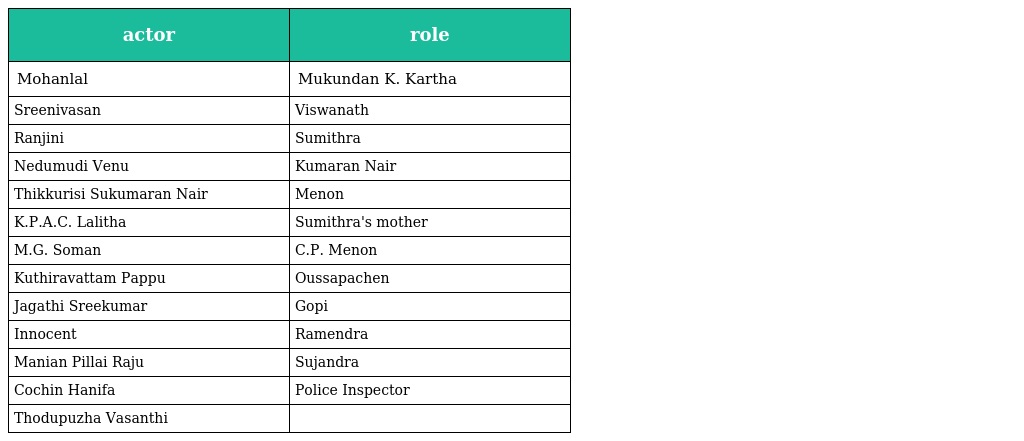
| actor | role |
 | --- | --- |
 | Mohanlal | Mukundan K. Kartha |
 | Sreenivasan | Viswanath |
 | Ranjini | Sumithra |
 | Nedumudi Venu | Kumaran Nair |
 | Thikkurisi Sukumaran Nair | Menon |
 | K.P.A.C. Lalitha | Sumithra's mother |
 | M.G. Soman | C.P. Menon |
 | Kuthiravattam Pappu | Oussapachen |
 | Jagathi Sreekumar | Gopi |
 | Innocent | Ramendra |
 | Manian Pillai Raju | Sujandra |
 | Cochin Hanifa | Police Inspector |
 | Thodupuzha Vasanthi |  |